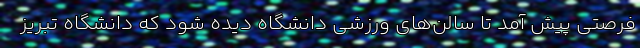
فرصتی پیش آمد تا سالن‌های ورزشی دانشگاه دیده شود که دانشگاه تبریز